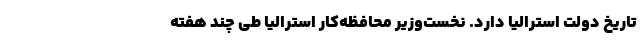
تاریخ دولت استرالیا دارد. نخست‌وزیر محافظه‌کار استرالیا طی چند هفته